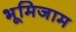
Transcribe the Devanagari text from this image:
भूमिजाम